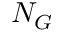
N _ { G }